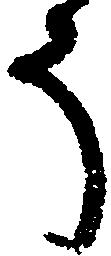
う